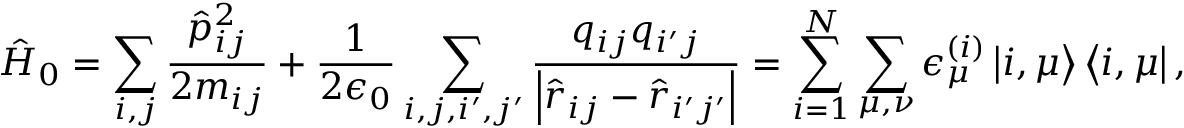
\hat { H } _ { 0 } = \sum _ { i , j } \frac { \hat { p } _ { i j } ^ { 2 } } { 2 m _ { i j } } + \frac { 1 } { 2 \epsilon _ { 0 } } \sum _ { i , j , i ^ { \prime } , j ^ { \prime } } \frac { q _ { i j } q _ { i ^ { \prime } j } } { \left| \hat { \boldsymbol r } _ { i j } - \hat { \boldsymbol r } _ { i ^ { \prime } j ^ { \prime } } \right| } = \sum _ { i = 1 } ^ { N } \sum _ { \mu , \nu } \epsilon _ { \mu } ^ { ( i ) } \left| i , \mu \right> \left< i , \mu \right| ,